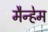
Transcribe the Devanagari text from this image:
मैन्हेम